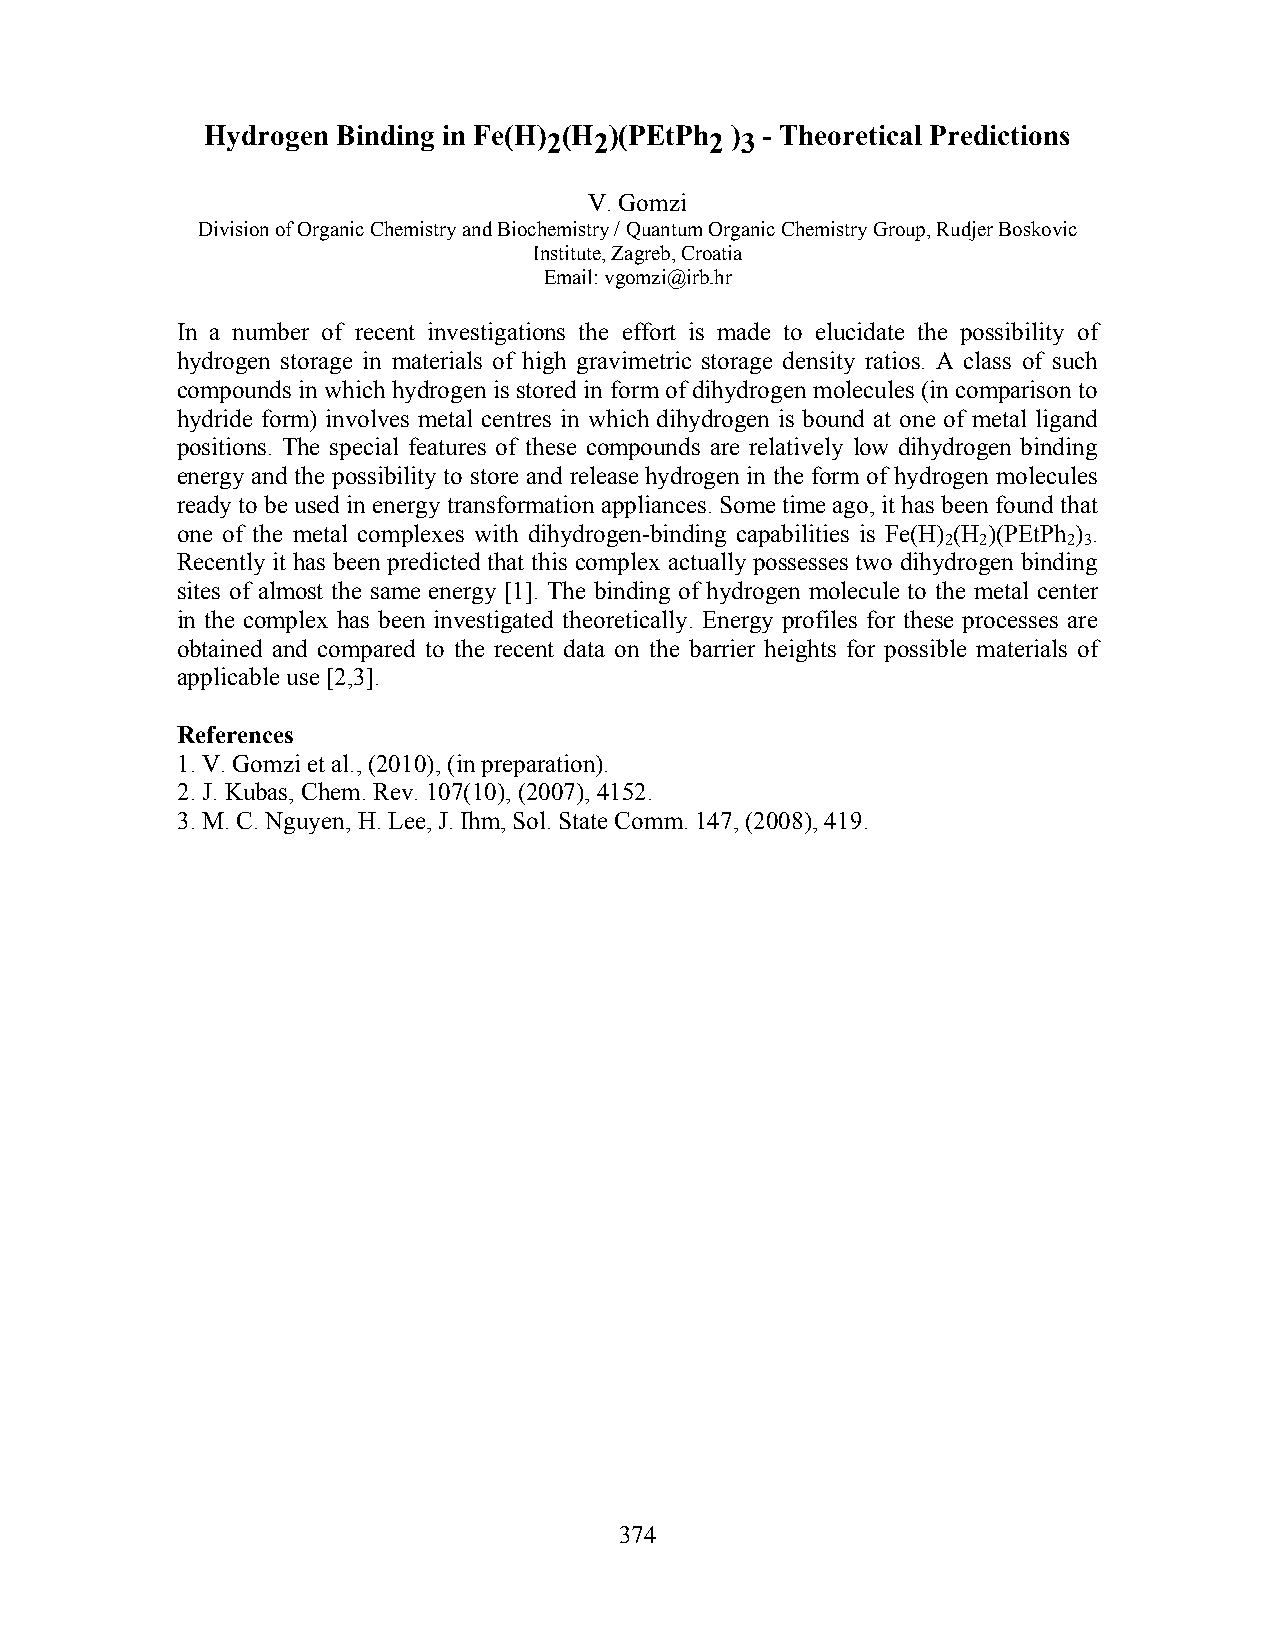
Hydrogen Binding in Fe(H) (H )(PEtPh ) - Theoretical Predictions
 2  2       2 3
 V. Gomzi
 Division of Organic Chemistry and Biochemistry / Quantum Organic Chemistry Group, Rudjer Boskovic
 Institute, Zagreb, Croatia
 Email: vgomzi@irb.hr
 In a number of recent investigations the effort is made to elucidate the possibility of
 hydrogen storage in materials of high gravimetric storage density ratios. A class of such
 compounds in which hydrogen is stored in form of dihydrogen molecules (in comparison to
 hydride form) involves metal centres in which dihydrogen is bound at one of metal ligand
 positions. The special features of these compounds are relatively low dihydrogen binding
 energy and the possibility to store and release hydrogen in the form of hydrogen molecules
 ready to be used in energy transformation appliances. Some time ago, it has been found that
 one of the metal complexes with dihydrogen-binding capabilities is Fe(H) (H )(PEtPh ) .
 2 2     2 3
 Recently it has been predicted that this complex actually possesses two dihydrogen binding
 sites of almost the same energy [1]. The binding of hydrogen molecule to the metal center
 in the complex has been investigated theoretically. Energy profiles for these processes are
 obtained and compared to the recent data on the barrier heights for possible materials of
 applicable use [2,3].
 References
 1. V. Gomzi et al., (2010), (in preparation).
 2. J. Kubas, Chem. Rev. 107(10), (2007), 4152.
 3. M. C. Nguyen, H. Lee, J. Ihm, Sol. State Comm. 147, (2008), 419.
 374